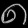
Digit: ၈